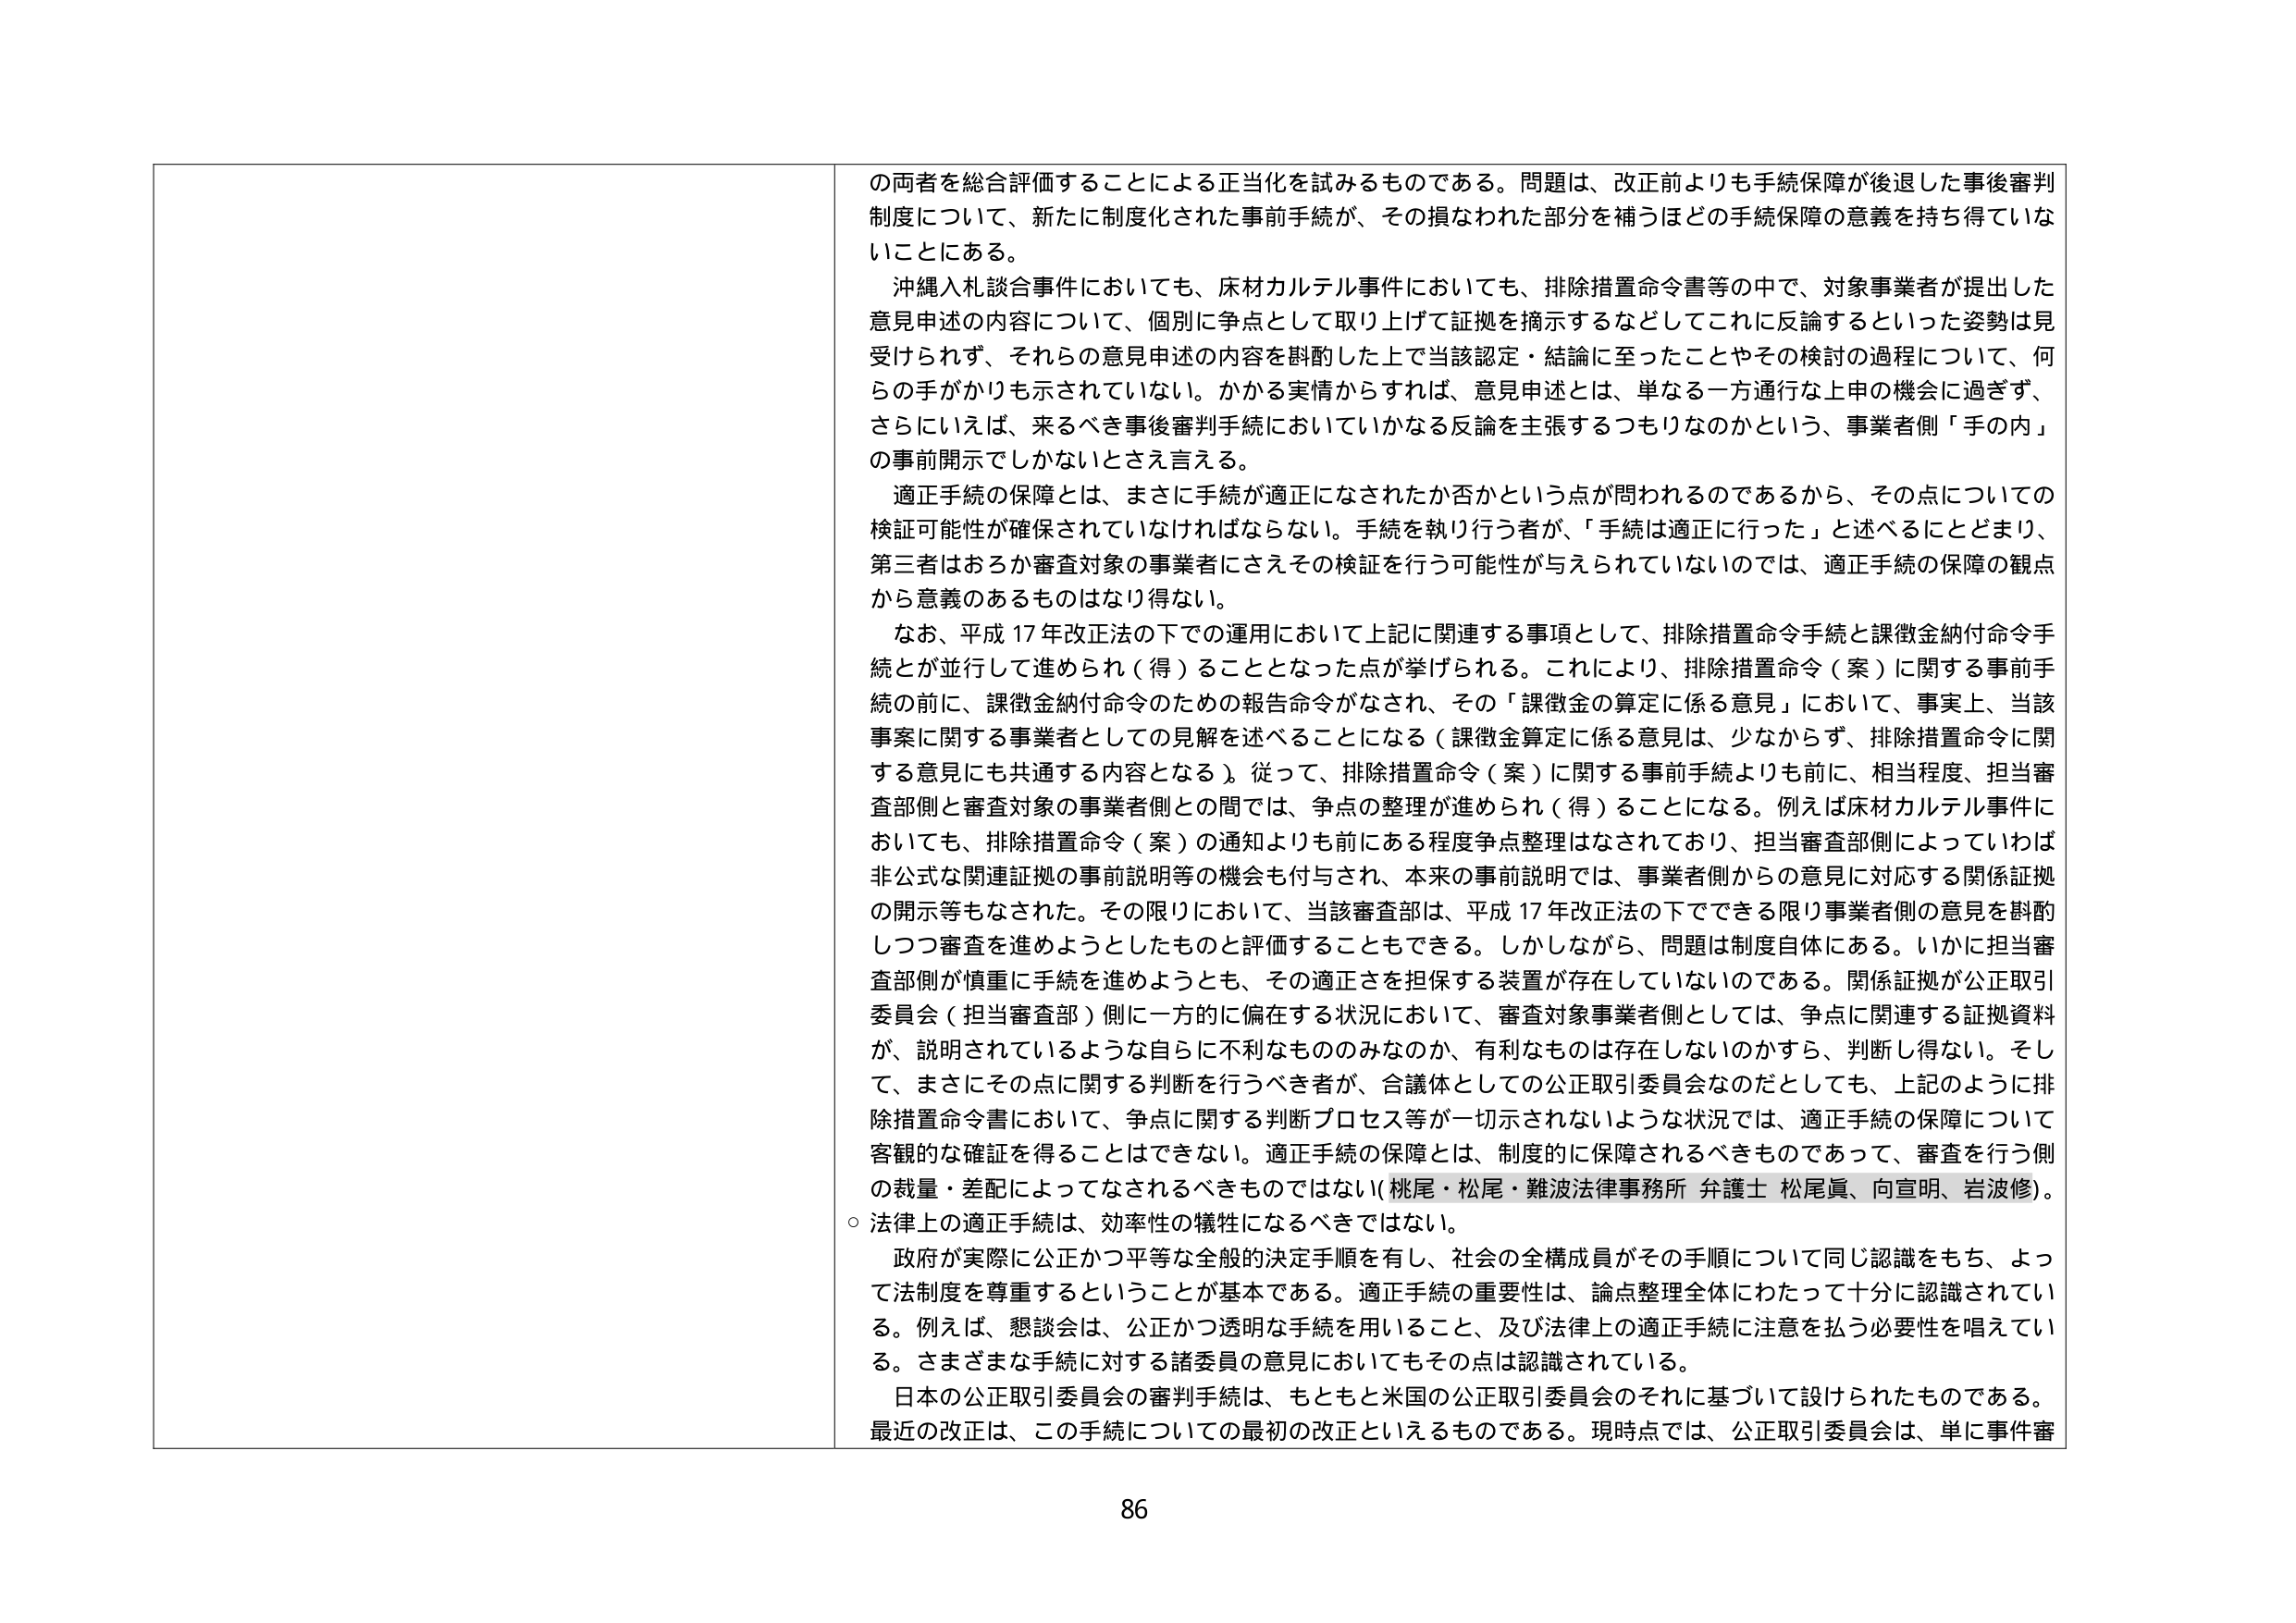
の両者を総合評価することによる正当化を試みるものである。問題は、改正前よりも手続保障が後退した事後審判制度について、新たに制度化された事前手続が、その損なわれた部分を補うほどの手続保障の意義を持ち得ていないことにある。

沖縄入札談合事件においても、床材カルテル事件においても、排除措置命令書等の中で、対象事業者が提出した意見申述の内容について、個別に争点として取り上げて証拠を摘示するなどしてこれに反論するといった姿勢は見受けられず、それらの意見申述の内容を斟酌した上で当該認定・結論に至ったことやその検討の過程について、何らの手がかりも示されていない。かかる実情からすれば、意見申述とは、単なる一方通行な上申の機会に過ぎず、さらには、来るべき事後審判手続においていかなる反論を主張するつもりなのかという、事業者側「手の内」の事前開示でしかないと言える。

適正手続の保障とは、まさに手続が適正になされたか否かという点が問われるのであるから、その点についての検証可能性が確保されていなければならない。手続を執り行う者が、「手続は適正に行った」と述べるにとどまり、第三者はおろか審査対象の事業者にさえその検証を行う可能性が与えられていないのでは、適正手続の保障の観点から意義のあるものとはなり得ない。

なお、平成17年改正法の下での運用において上記に関連する事項として、排除措置命令手続と課徴金納付命令手続とが並行して進められ（得）ることとなった点が挙げられる。これにより、排除措置命令（案）に関する事前手続の前に、課徴金納付命令のための報告命令がなされ、その「課徴金の算定に係る意見」において、事実上、当該事案に関する事業者としての見解を述べることになる（課徴金算定に係る意見は、少なからず、排除措置命令に関する意見にも共通する内容となる）。従って、排除措置命令（案）に関する事前手続よりも前に、相当程度、担当審査部側と審査対象の事業者側との間では、争点の整理が進められ（得）ることになる。例えば床材カルテル事件においても、排除措置命令（案）の通知よりも前にある程度争点整理はなされており、担当審査部側によっていわば非公式な関連証拠の事前説明等の機会も付与され、本来の事前説明では、事業者側からの意見に対応する関係証拠の開示等もなされた。その限りにおいて、当該審査部は、平成17年改正法の下でできる限り事業者側の意見を斟酌しつつ審査を進めようとしたものと評価することもできる。しかしながら、問題は制度自体にある。いかに担当審査部側が慎重に手続を進めようとも、その適正さを担保する装置が存在していないのである。関係証拠が公正取引委員会（担当審査部）側に一方的に偏在する状況において、審査対象事業者側としては、争点に関連する証拠資料が、説明されているような自らに不利なもののみなのか、有利なものは存在しないのかすら、判断し得ない。そして、まさにその点に関する判断を行うべき者が、合議体としての公正取引委員会なのだとしても、上記のように排除措置命令書において、争点に関する判断プロセス等が一切示されないような状況では、適正手続の保障について客観的な確証を得ることはできない。適正手続の保障とは、制度的に保障されるべきものであって、審査を行う側の裁量・差配によってなされるべきものではない（桃尾・松尾・難波法律事務所 弁護士 松尾眞、向宣明、岩波修）。

○ 法律上の適正手続は、効率性の犠牲になるべきではない。

政府が実際に公正かつ平等な全般的決定手順を有し、社会の全構成員がその手順について同じ認識をもち、よって法制度を尊重するということが基本である。適正手続の重要性は、論点整理全体にわたって十分に認識されている。例えば、懇談会は、公正かつ透明な手続を用いること、及び法律上の適正手続に注意を払う必要性を唱えている。さまざまな手続に対する諸委員の意見においてもその点は認識されている。

日本の公正取引委員会の審判手続は、もともと米国の公正取引委員会のそれに基づいて設けられたものである。最近の改正は、この手続についての最初の改正といえるものである。現時点では、公正取引委員会は、単に事件審

86